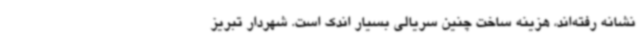
نشانه‌ رفته‌اند، هزینه ساخت چنین سریالی بسیار اندک است. شهردار تبریز